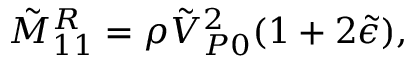
\tilde { M } _ { 1 1 } ^ { R } = \rho \tilde { V } _ { P 0 } ^ { 2 } ( 1 + 2 \tilde { \epsilon } ) ,